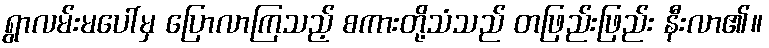
ရွာလမ်းမပေါ်မှ ပြောလာကြသည့် စကားတို့သံသည် တဖြည်းဖြည်း နီးလာ၏။